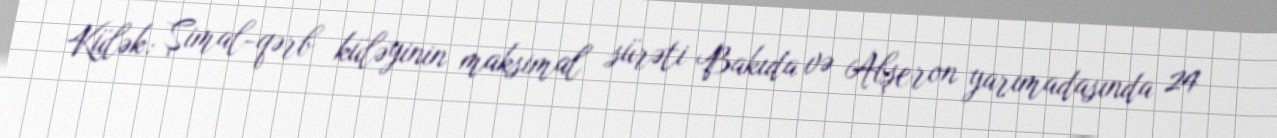
Külək: Şimal-qərb küləyinin maksimal sürəti Bakıda və Abşeron yarımadasında 24